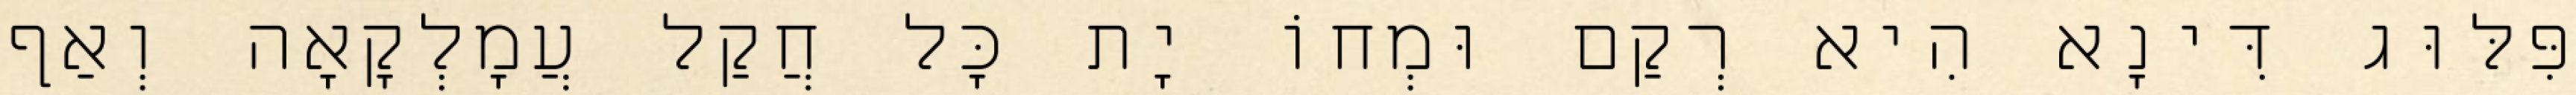
פִּלּוּג דִּינָא הִיא רְקַם וּמְחוֹ יָת כָּל חֲקַל עֲמָלְקָאָה וְאַף